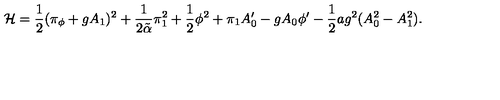
{ \cal H } = { \frac { 1 } { 2 } } ( \pi _ { \phi } + g A _ { 1 } ) ^ { 2 } + { \frac { 1 } { 2 \tilde { \alpha } } } \pi _ { 1 } ^ { 2 } + { \frac { 1 } { 2 } } \phi ^ { 2 } + \pi _ { 1 } A _ { 0 } ^ { \prime } - g A _ { 0 } \phi ^ { \prime } - { \frac { 1 } { 2 } } a g ^ { 2 } ( A _ { 0 } ^ { 2 } - A _ { 1 } ^ { 2 } ) .